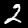
Label: 2